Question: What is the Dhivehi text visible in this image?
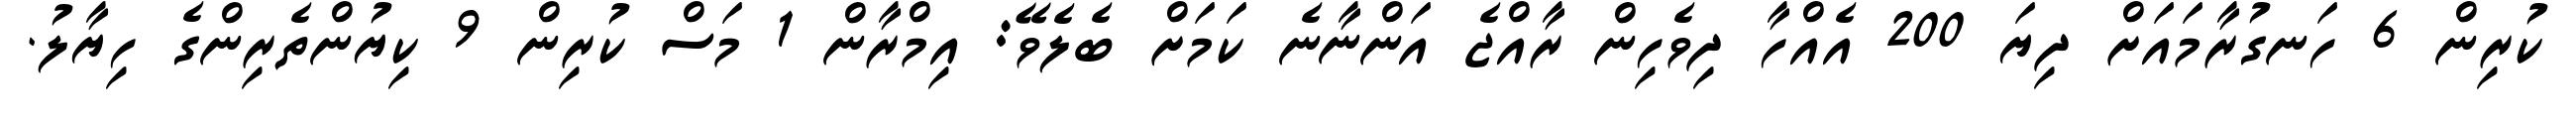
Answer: ކުރިން 6 ހަނގުރާމައަށް ދިޔަ 200 އެއްހާ ދިވެހިން ރާއްޖެ އަންނާނެ ކަމަށް ބެލެވޭ: އިމްރާން 1 މަސް ކުރިން 9 ކިޔުންތެރިންގެ ހިޔާލު.